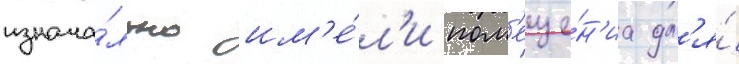
изнача́льно им'е́л'и пом'еще́н'иа дл'я́